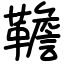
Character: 韂